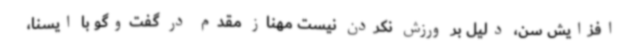
افزایش سن، دلیل بر ورزش نکردن نیست مهناز مقدم در گفت‌وگو با ایسنا،